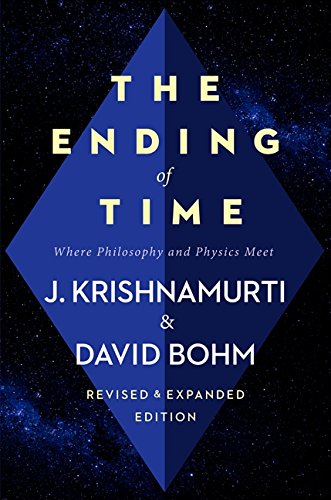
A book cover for The Ending of Time: Where Philosophy and Physics Meet; Jiddu Krishnamurti; Religion & Spirituality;